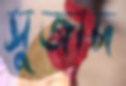
সুজাদ